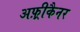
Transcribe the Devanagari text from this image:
अफ़्रीकैनर